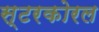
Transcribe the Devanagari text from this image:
स्टरकोरल